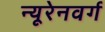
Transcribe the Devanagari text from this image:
न्यूरेनवर्ग